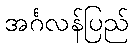
အင်္ဂလန်ပြည်